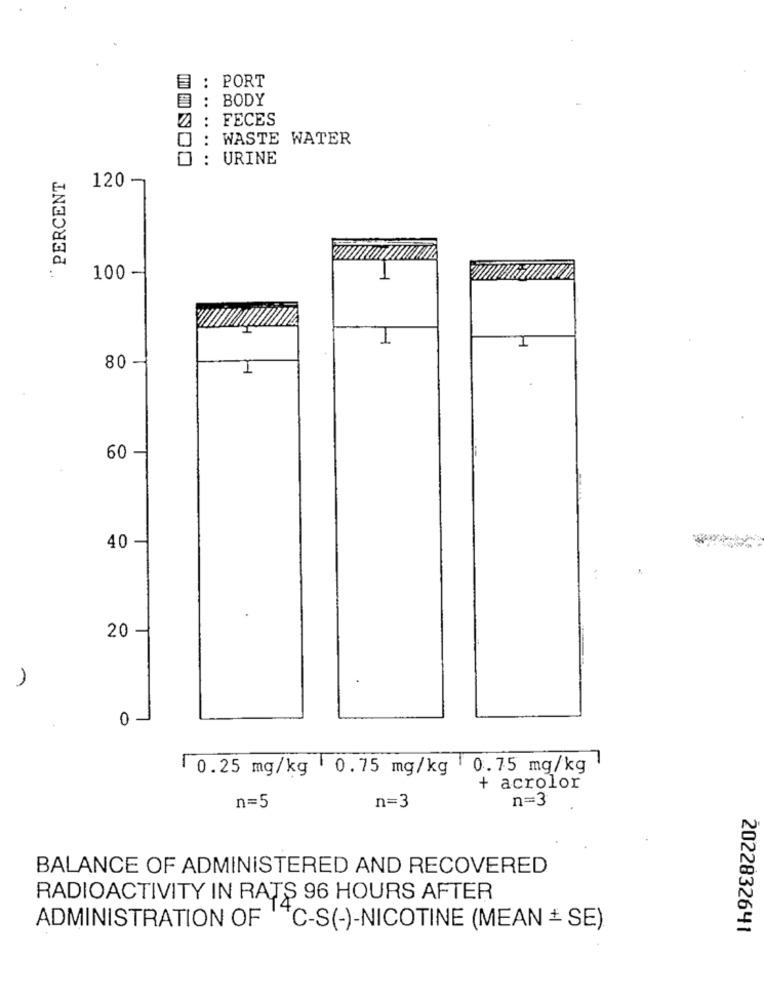
....
E : PORT
:
BODY
:
FECES
:
WASTE WATER
:
URINE
"PERCENT
120 -
100 -
1
I
80 -
I
60
40
20
1
0-
0.25 mg/kg 0.75 mg/kg | 0.75 mg/kg
+ acrolor
n=3
n=3
n=5
BALANCE OF ADMINISTERED AND RECOVERED
RADIOACTIVITY IN RATS 96 HOURS AFTER
ADMINISTRATION OF C-S(-)-NICOTINE (MEAN + SE)
2022832641